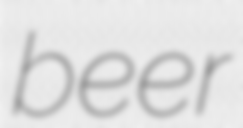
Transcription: beer